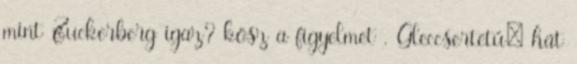
mint Zuckerberg igaz? kösz a figyelmet . Gleccsertetű: hát